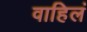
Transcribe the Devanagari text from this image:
वाहिलं